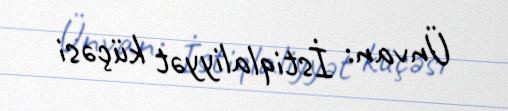
Ünvan: İstiqlaliyyət küçəsi